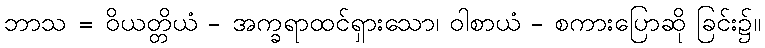
ဘာသ = ဝိယတ္တိယံ - အက္ခရာထင်ရှားသော၊ ဝါစာယံ - စကားပြောဆို ခြင်း၌။